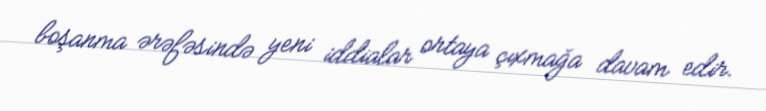
boşanma ərəfəsində yeni iddialar ortaya çıxmağa davam edir.